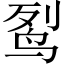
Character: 䴕